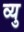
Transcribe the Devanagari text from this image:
व्यु